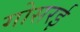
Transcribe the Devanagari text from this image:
गोसरई